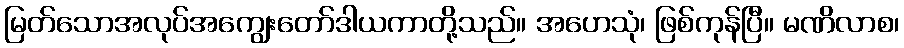
မြတ်သောအလုပ်အကျွေးတော်ဒါယကာတို့သည်။ အဟေသုံ၊ ဖြစ်ကုန်ပြီ။ မဏိလာစ၊